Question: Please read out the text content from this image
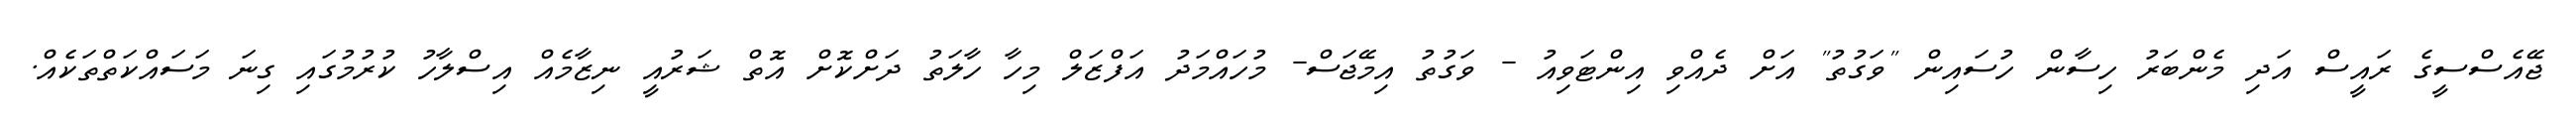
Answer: ޖޭއެސްސީގެ ރައީސް އަދި މެންބަރު ހިސާން ހުސައިން "ވަގުތު" އަށް ދެއްވި އިންޓަވިއު - ވަގުތު އިމޭޖަސް- މުހައްމަދު އަފްޒަލް މިހާ ހާލަތު ދަށްކޮށް އޮތް ޝަރުއީ ނިޒާމެއް އިސްލާހު ކުރުމުގައި ގިނަ މަސައްކަތްތަކެއް.